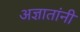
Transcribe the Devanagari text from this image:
अज्ञातांनी